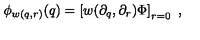
\phi _ { w ( q , r ) } ( q ) = \left[ w ( \partial _ { q } , \partial _ { r } ) \Phi \right] _ { r = 0 } \ ,